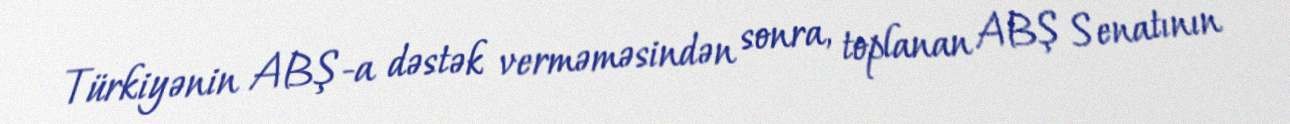
Türkiyənin ABŞ-a dəstək verməməsindən sonra, toplanan ABŞ Senatının